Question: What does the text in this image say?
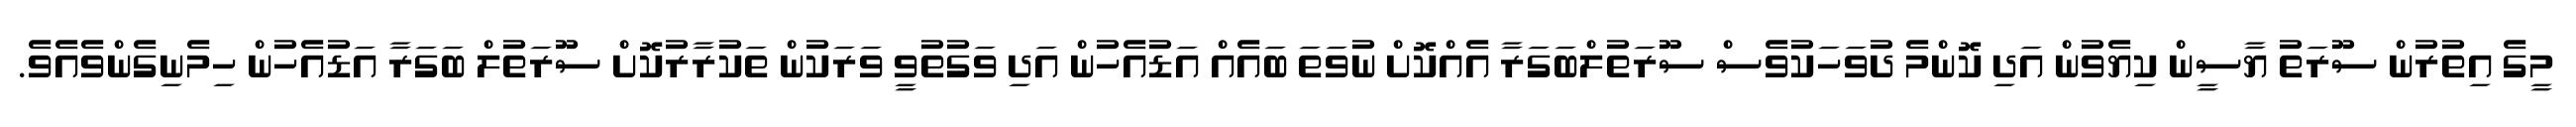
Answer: މީގެ އިތުރުން ސޫރަތު ޔާސީން ކިޔެވުން އަދި ކޮންމެ ދުވަހަކުވެސް ސޫރަތުލްބަގަރާ އެއްކޮށް ނުވަތަ ބައެއް އަޑުއެހުން އަދި ވަގުތުވީ ވަރަކުން ތަކުރާރުކޮށް ސޫރަތުލް ބަގަރާ އަޑުއެހުން ހިމެނިގެންވެއެވެ.